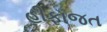
હીફાજત